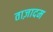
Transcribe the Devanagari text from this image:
ताज़ादम